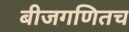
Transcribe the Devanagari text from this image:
बीजगणितच